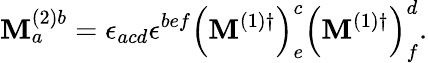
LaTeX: \mathbf{M}_{a}^{(2)b}=\epsilon_{acd}\epsilon^{bef}{\left(\mathbf{M}^{(1)\dagger}\right)}_{e}^{c}{\left(\mathbf{M}^{(1)\dagger}\right)}_{f}^{d}.